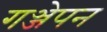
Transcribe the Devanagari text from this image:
गञ्जेपन